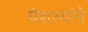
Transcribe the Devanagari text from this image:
पेशव्यांने